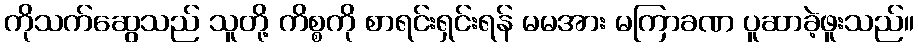
ကိုသက်ဆွေသည် သူတို့ ကိစ္စကို စာရင်းရှင်းရန် မမအား မကြာခဏ ပူဆာခဲ့ဖူးသည်။